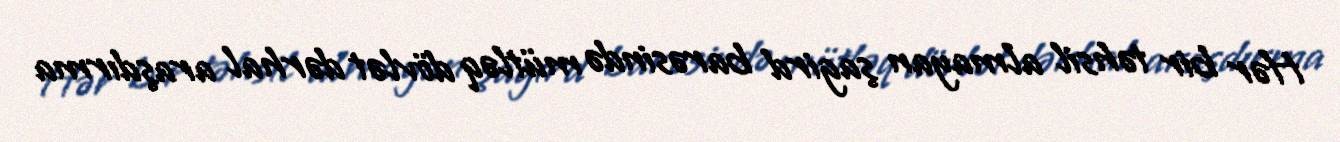
Hər bir təhsil almayan şagird barəsində mütləq dövlət dərhal araşdırma